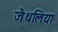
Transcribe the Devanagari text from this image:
जैथलिया